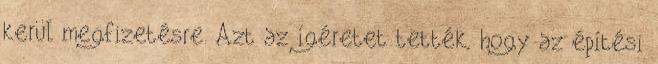
kerül megfizetésre. Azt az ígéretet tették, hogy az építési